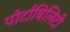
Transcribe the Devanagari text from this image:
पोर्टाबिलिटी